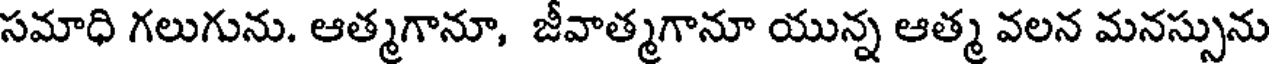
సమాధి గలుగును. ఆత్మగానూ, జీవాత్మగానూ యున్న ఆత్మ వలన మనస్సును